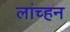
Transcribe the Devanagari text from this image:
लांच्हन